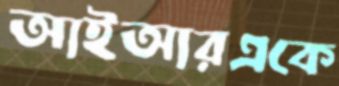
আইআরএকে